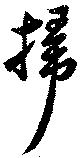
掃